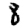
Digit: 8